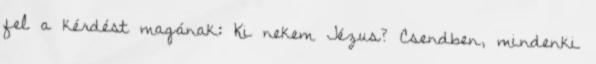
fel a kérdést magának: Ki nekem Jézus? Csendben, mindenki